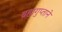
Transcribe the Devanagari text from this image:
ब्रह्मगुप्ताने